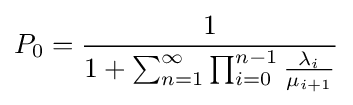
P_{0}={\frac {1}{1+\sum _{n=1}^{\infty }\prod _{i=0}^{n-1}{\frac {\lambda _{i}}{\mu _{i+1}}}}}